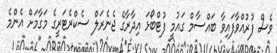
ވެސް ފުރުއްވާފައިވާ ބައްސާމް ގައުމީ ފުޓްބޯޅަ އިދާރާގެ ޖެނެރަލް ސެކްރެޓަރީގެ މަގާމަށް އެންމެ